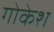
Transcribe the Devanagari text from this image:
गोकेश